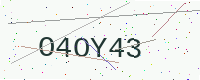
Text: O4OY43